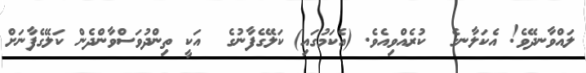
ލައްވާނދޭވެ! އެކަލާނގެ  ކުރެއްވިއެވެ. (އެކަމުގައި) ކަލޭގެފާނުގެ  އަކީ ތިންދުވަސްވާންދެން ކަލޭގެފާނަށް